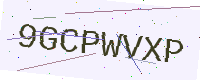
Text: 9GCPWVXP